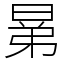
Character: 晜